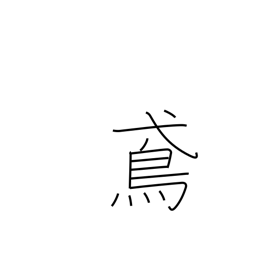
Meaning: black kite